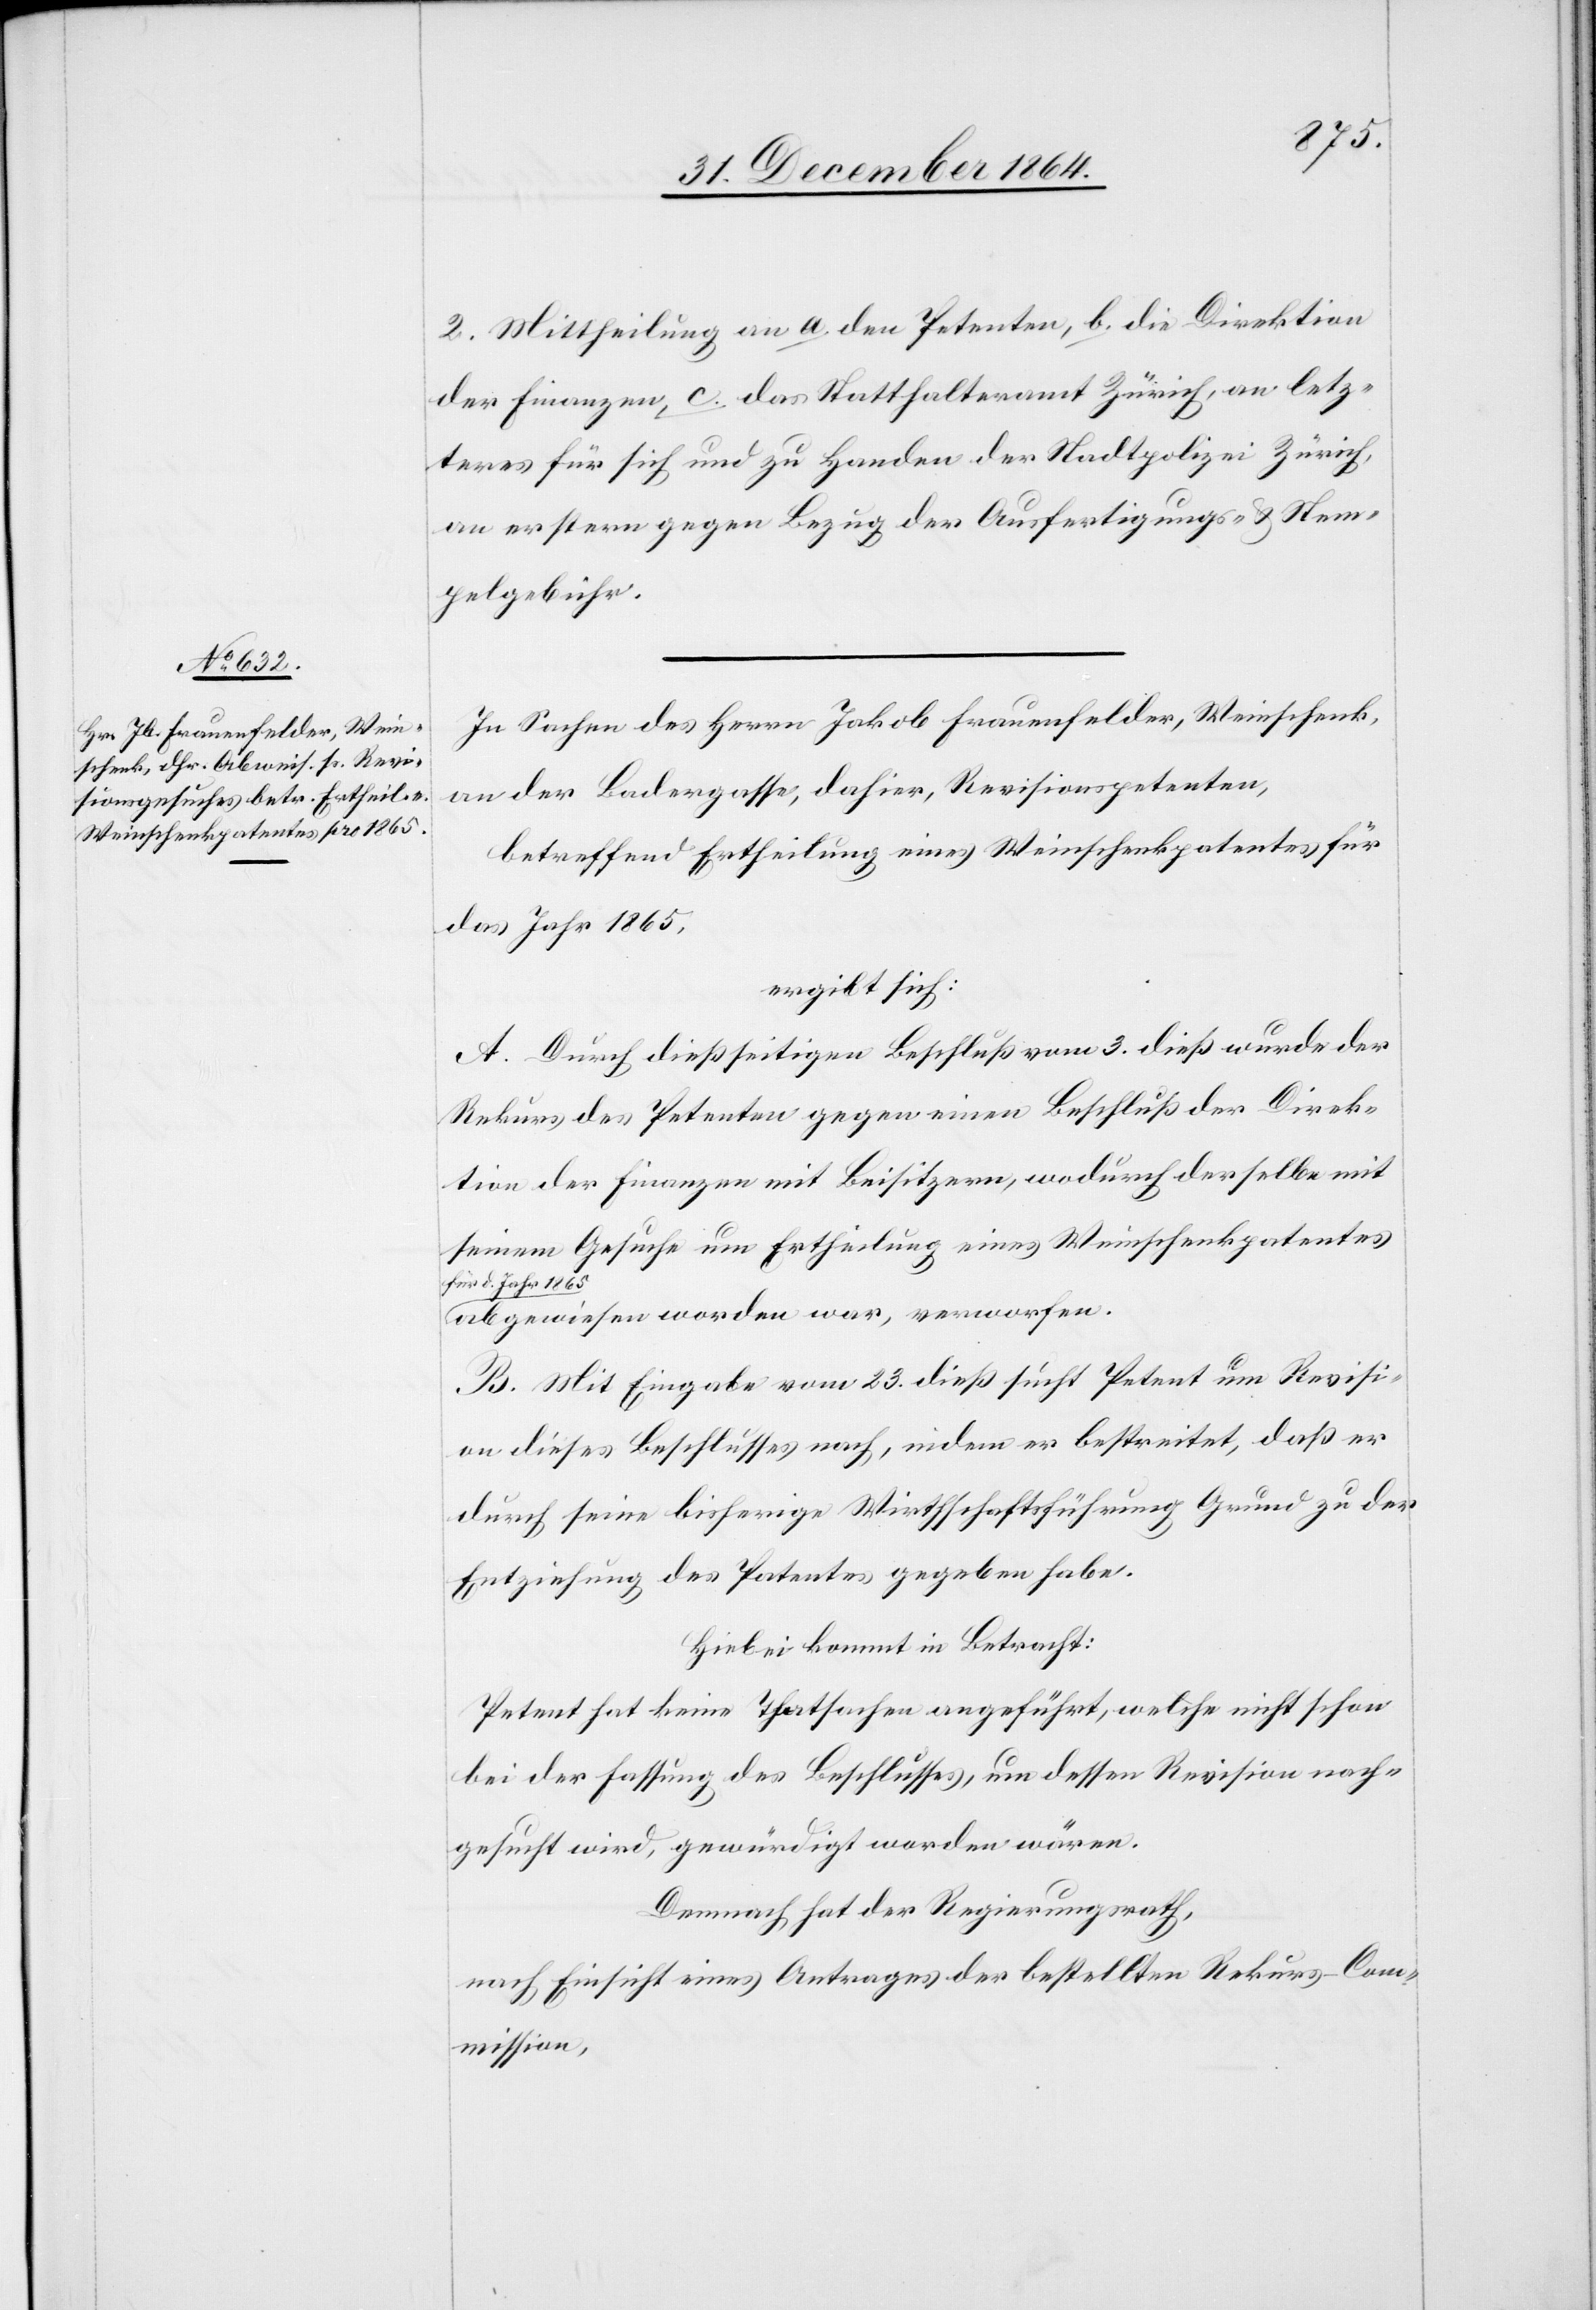
2. Mittheilung an a. den Petenten, b. die Direktion
der Finanzen, c. das Statthalteramt Zürich, an letz¬
teres für sich und zu Handen der Stadtpolizei Zürich,
an erstern gegen Bezug der Ausfertigungs- & Stem¬
pelgebühr.
In Sachen des Herrn Jakob Frauenfelder, Weinschenk,
an der Badergasse, dahier, Revisionspetenten,
betreffend Ertheilung eines Weinschenkpatentes für
das Jahr 1865,
ergibt sich:
A. Durch dießseitigen Beschluß vom 3. dieß wurde der
Rekurs des Petenten gegen einen Beschluß der Direk¬
tion der Finanzen mit Beisitzern, wodurch derselbe mit
seinem Gesuche um Ertheilung eines Weinschenkpatentes
a-für d. Jahr 1865-a
abgewiesen worden war, verworfen.
B. Mit Eingabe vom 23. dieß sucht Petent um Revisi¬
on dieses Beschlusses nach, indem er bestreitet, daß er
durch seine bisherige Wirthschaftsführung Grund zu der
Entziehung des Patentes gegeben habe.
Hiebei kommt in Betracht:
Petent hat keine Thatsachen angeführt, welche nicht schon
bei der Fassung des Beschlusses, um dessen Revision nach¬
gesucht wird, gewürdigt worden wären.
Demnach hat der Regierungsrath,
nach Einsicht eines Antrages der bestellten Rekurs-Com¬
mission,